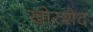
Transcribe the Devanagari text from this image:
खोरशेद